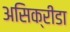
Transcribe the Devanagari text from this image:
असिक्रीडा